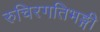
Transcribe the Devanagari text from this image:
रुचिरगतिभङ्गी